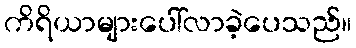
ကိရိယာများပေါ်လာခဲ့ပေသည်။